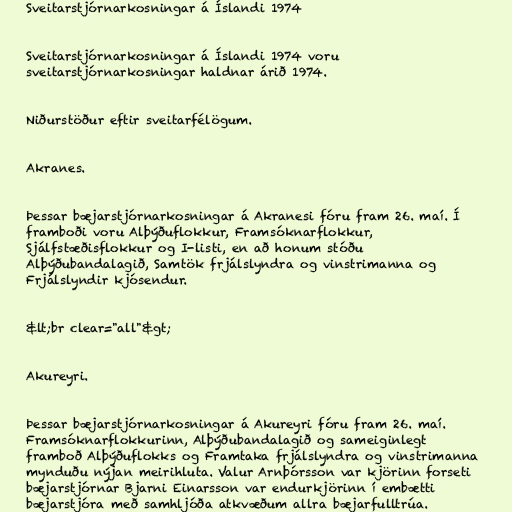
Sveitarstjórnarkosningar á Íslandi 1974

Sveitarstjórnarkosningar á Íslandi 1974 voru
sveitarstjórnarkosningar haldnar árið 1974.

Niðurstöður eftir sveitarfélögum.

Akranes.

Þessar bæjarstjórnarkosningar á Akranesi fóru fram 26. maí. Í
framboði voru Alþýðuflokkur, Framsóknarflokkur,
Sjálfstæðisflokkur og I-listi, en að honum stóðu
Alþýðubandalagið, Samtök frjálslyndra og vinstrimanna og
Frjálslyndir kjósendur.

&lt;br clear="all"&gt;

Akureyri.

Þessar bæjarstjórnarkosningar á Akureyri fóru fram 26. maí.
Framsóknarflokkurinn, Alþýðubandalagið og sameiginlegt
framboð Alþýðuflokks og Framtaka frjálslyndra og vinstrimanna
mynduðu nýjan meirihluta. Valur Arnþórsson var kjörinn forseti
bæjarstjórnar Bjarni Einarsson var endurkjörinn í embætti
bæjarstjóra með samhljóða atkvæðum allra bæjarfulltrúa.